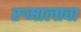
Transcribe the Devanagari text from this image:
रुमालाचा